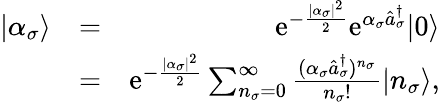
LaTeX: \begin{array}{rlr}{|\alpha_{\sigma}\rangle}&{=}&{\mathrm{e}^{-\frac{|\alpha_{\sigma}|^{2}}{2}}\mathrm{e}^{\alpha_{\sigma}\hat{a}_{\sigma}^{\dagger}}|0\rangle}\\ &{=}&{\mathrm{e}^{-\frac{|\alpha_{\sigma}|^{2}}{2}}\sum_{n_{\sigma}=0}^{\infty}\frac{(\alpha_{\sigma}\hat{a}_{\sigma}^{\dagger})^{n_{\sigma}}}{n_{\sigma}!}|n_{\sigma}\rangle,}\end{array}